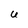
Character: U